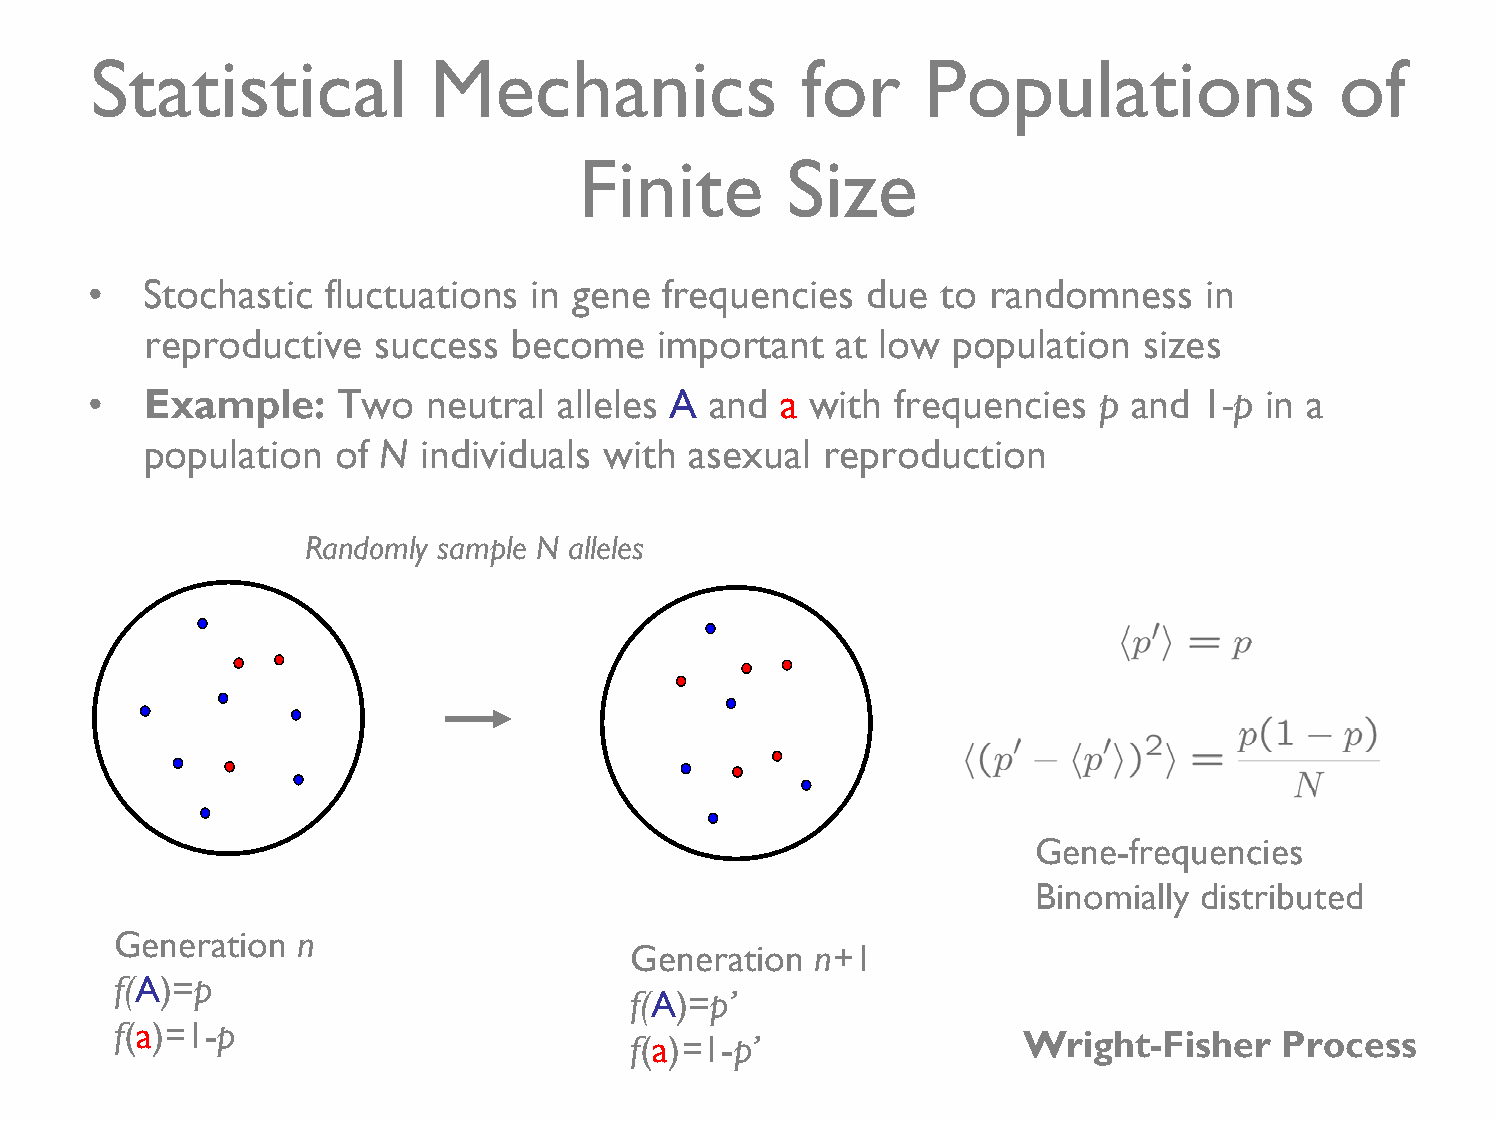
Statistical            Mechanics               for     Populations                 of
 Finite        Size
 •   Stochastic  fluctuations in gene  frequencies  due  to  randomness    in
 reproductive   success  become    important  at low  population   sizes
 •   Example:    Two   neutral  alleles A and  a with frequencies   p and  1-p in a
 population  of N  individuals with  asexual  reproduction
 Randomly sample N alleles
 Gene-frequencies
 Binomially distributed
 Generation  n
 Generation  n+1
 f(A)=p
 f(A)=p’
 f(a)=1-p
 f(a)=1-p’                 Wright-Fisher    Process